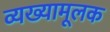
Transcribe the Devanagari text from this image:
व्यख्यामूलक